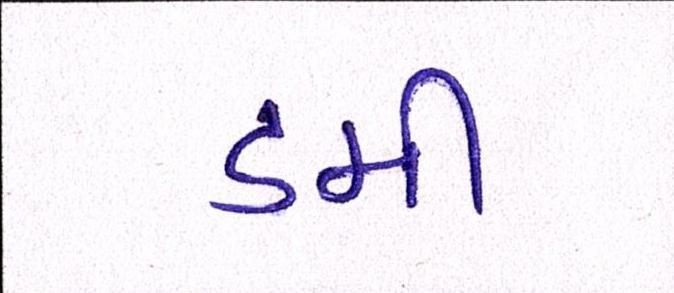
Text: ડમી